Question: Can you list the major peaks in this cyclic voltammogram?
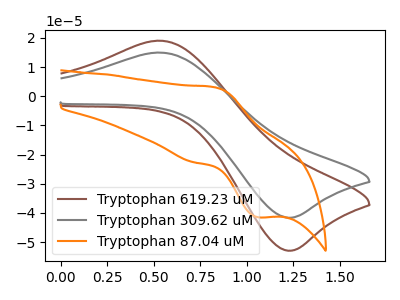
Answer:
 <answer>The brown curve "Tryptophan 619.23 uM" has an anodic peak at (0.55V, 19.05uA) and a cathodic peak at (1.20V, -52.95uA). The gray curve "Tryptophan 309.62 uM" has an anodic peak at (0.55V, 14.95uA) and a cathodic peak at (1.20V, -41.65uA). The orange curve "Tryptophan 87.04 uM" has an anodic peak at (0.80V, 3.15uA) and a cathodic peak at (1.05V, -41.50uA).</answer>
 <eval></eval>